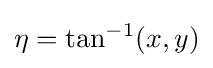
\eta =\tan ^{-1}(x,y)